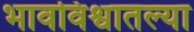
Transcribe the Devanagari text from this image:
भावविश्वातल्या